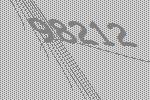
98212